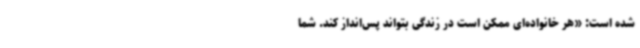
شده است: «هر خانواده‌ای ممکن است در زندگی بتواند پس‌انداز کند. شما